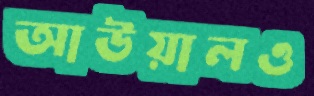
আউয়ালও